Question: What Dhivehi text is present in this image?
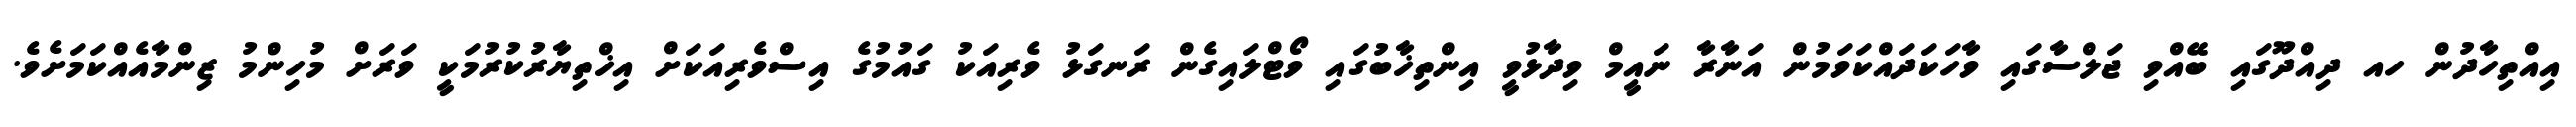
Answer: އިއްތިހާދުން ހއ ދިއްދޫގައި ބޭއްވި ޖަލްސާގައި ވާހަކަދައްކަވަމުން އަނާރާ ނައީމް ވިދާޅުވީ އިންތިޚާބުގައި ވޯޓްލައިގެން ރަނގަޅު ވެރިއަކު ގައުމުގެ އިސްވެރިއަކަށް އިޚްތިޔާރުކުރުމަކީ ވަރަށް މުހިންމު ޒިންމާއެއްކަމަށެވެ.